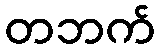
တဘက်